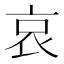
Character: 哀